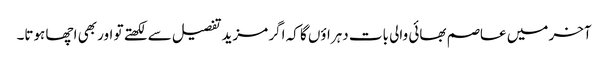
آخر میں عاصم بھائی والی بات دہراؤں گا کہ اگر مزید تفصیل سے لکھتے تو اور بھی اچھا ہوتا۔